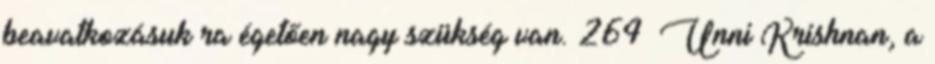
beavatkozásuk ra égetően nagy szükség van. 264 Unni Krishnan, a